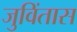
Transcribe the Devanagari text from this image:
जुविंतास